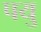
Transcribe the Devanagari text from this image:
पयु